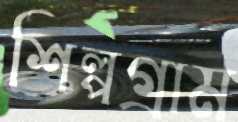
শিল্পগ্রাম